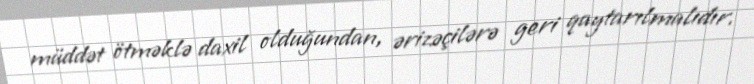
müddət ötməklə daxil olduğundan, ərizəçilərə geri qaytarılmalıdır.